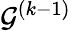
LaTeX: \mathcal{G}^{(k-1)}